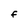
Character: F